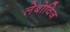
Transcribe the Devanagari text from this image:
लेबोविज